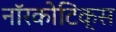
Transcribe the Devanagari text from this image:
नॉरकोटिक्स